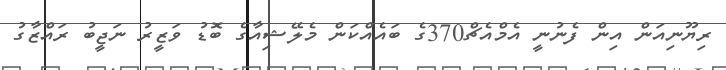
ރިޔޫނިއަން އިން ފެނުނީ އެމްއެޗް370ގެ ބައެއްކަން މެލޭޝިއާގެ ބޮޑު ވަޒީރު ނަޖީބު ރައްޒާގު